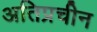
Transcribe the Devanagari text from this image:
अतिप्रचीन